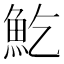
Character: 䰴